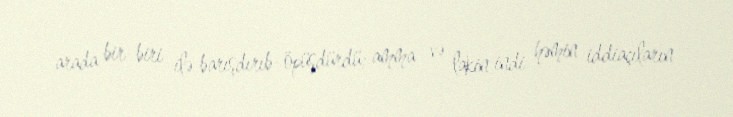
arada bir-biri ilə barışdırıb-öpüşdürdü; amma və lakin indi həmin iddiaçıların